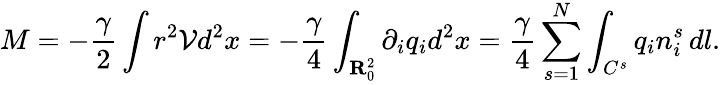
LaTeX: M=-\frac{\gamma}{2}\int r^{2}{\mathcal{V}}d^{2}x=-\frac{\gamma}{4}\int_{{\mathbf{R}}_{0}^{2}}\partial_{i}q_{i}d^{2}x=\frac{\gamma}{4}\sum_{s=1}^{N}\int_{C^{s}}q_{i}n_{i}^{s}\, dl.